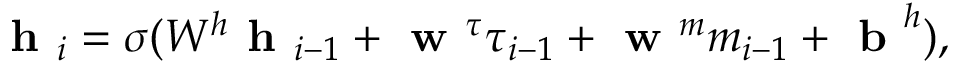
\textbf { h } _ { i } = \sigma ( W ^ { h } \textbf { h } _ { i - 1 } + \textbf { w } ^ { \tau } \tau _ { i - 1 } + \textbf { w } ^ { m } m _ { i - 1 } + \textbf { b } ^ { h } ) ,